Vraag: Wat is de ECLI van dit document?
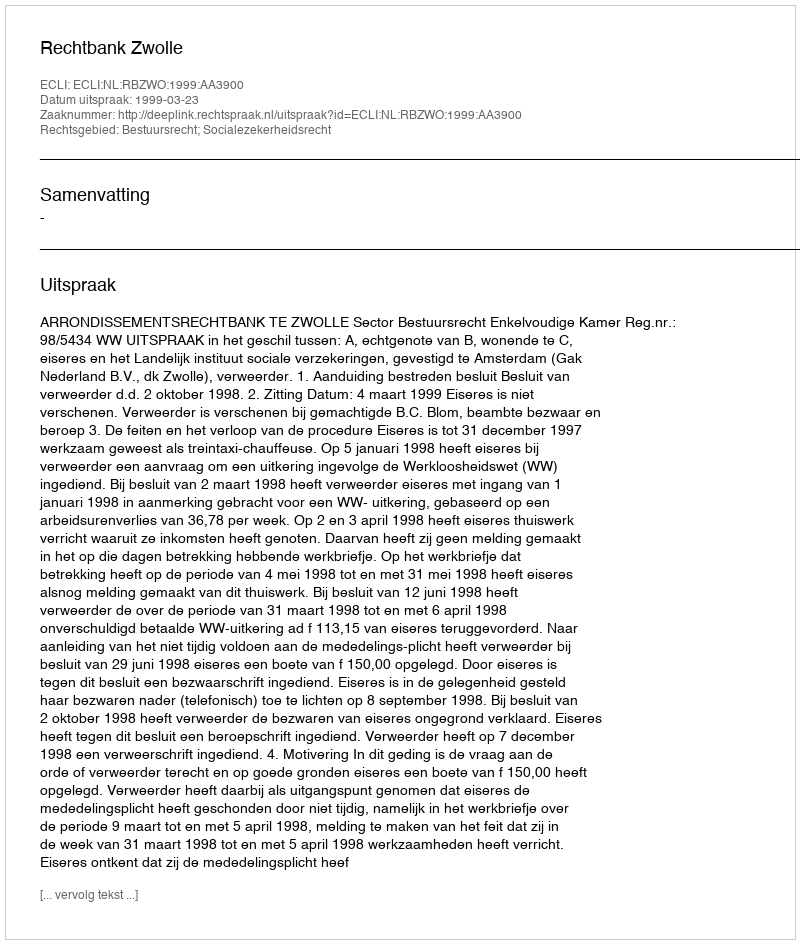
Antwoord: ECLI:NL:RBZWO:1999:AA3900